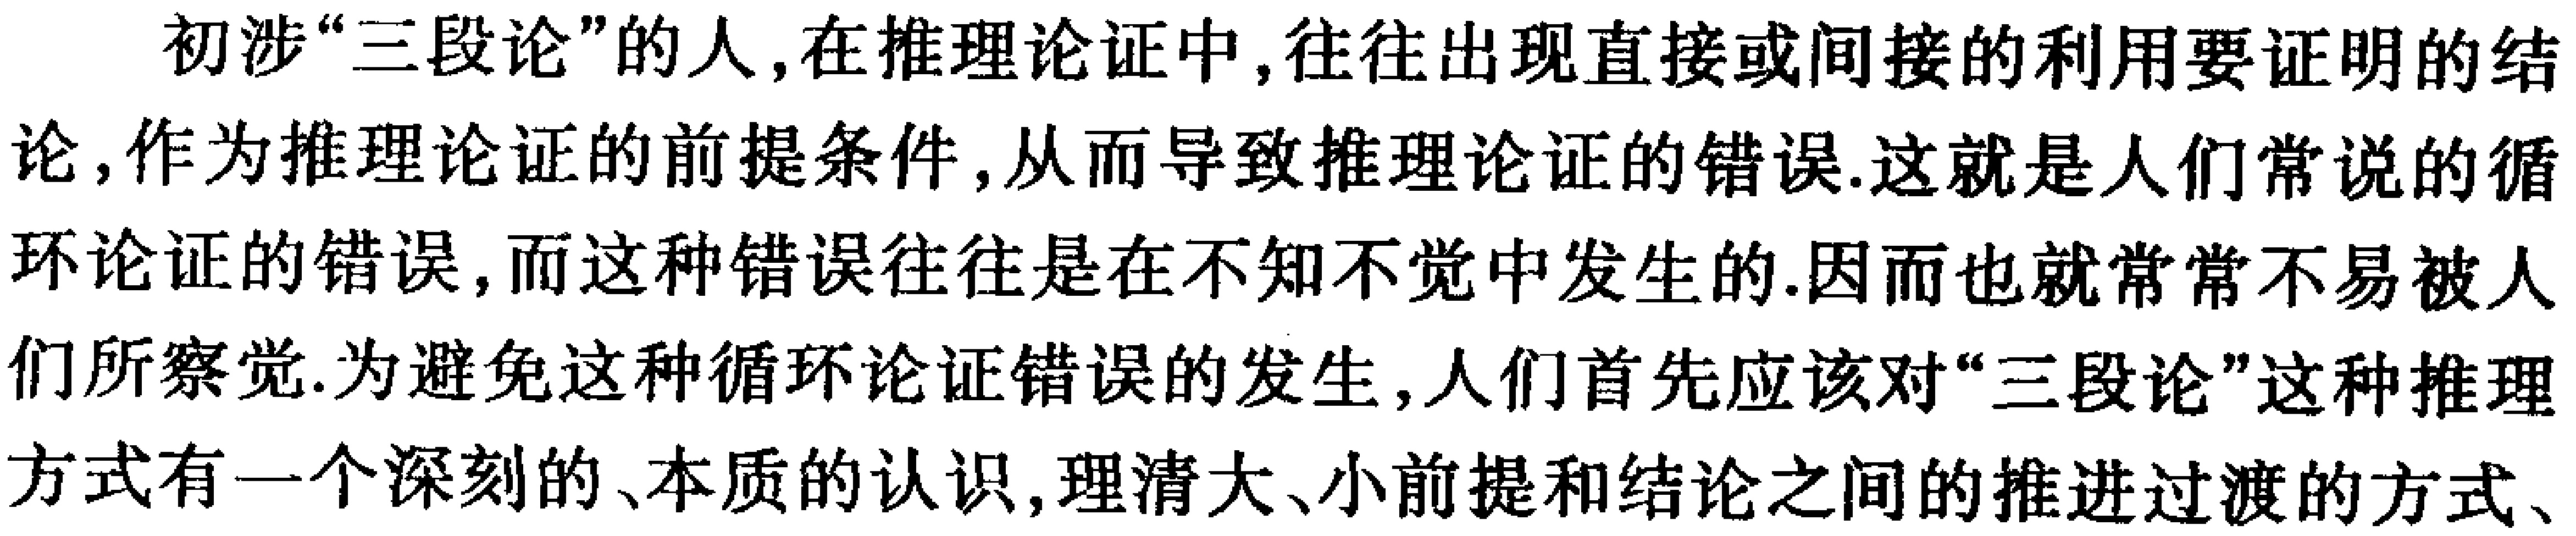
初涉“三段论”的人,在推理论证中,往往出现直接或间接的利用要证明的结论,作为推理论证的前提条件,从而导致推理论证的错误.这就是人们常说的循环论证的错误,而这种错误往往是在不知不觉中发生的.因而也就常常不易被人们所察觉.为避免这种循环论证错误的发生,人们首先应该对“三段论”这种推理方式有一个深刻的、本质的认识,理清大、小前提和结论之间的推进过渡的方式、